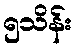
၅သိန်း